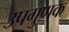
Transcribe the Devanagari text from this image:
उपगुणक